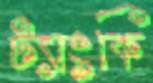
ট্যাংকি